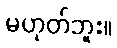
မဟုတ်ဘူး။